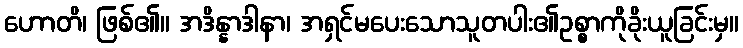
ဟောတိ၊ ဖြစ်၏။ အဒိန္နာဒါနာ၊ အရှင်မပေးသောသူတပါး၏ဥစ္စာကိုခိုးယူခြင်းမှ။